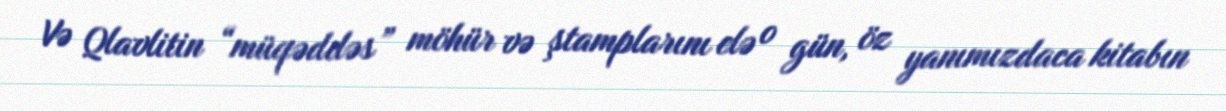
Və Qlavlitin “müqəddəs” möhür və ştamplarını elə o gün, öz yanımızdaca kitabın